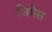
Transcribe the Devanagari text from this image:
जिमेस